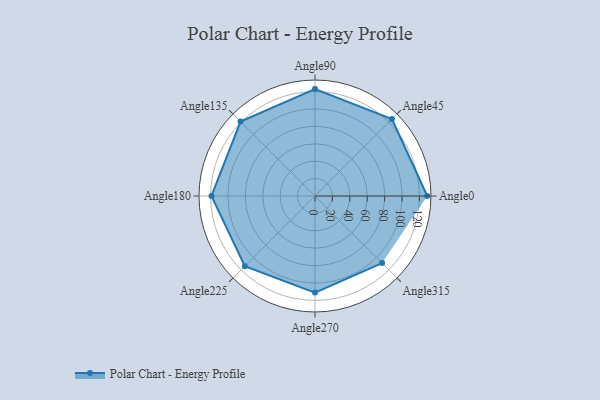
{"axis": {"x": "Angle", "y": "Radius"}, "legend": [""], "data": [{"x": "Angle0", "y": 129.0, "type": ""}, {"x": "Angle45", "y": 125.0, "type": ""}, {"x": "Angle90", "y": 123.0, "type": ""}, {"x": "Angle135", "y": 121.0, "type": ""}, {"x": "Angle180", "y": 119.0, "type": ""}, {"x": "Angle225", "y": 114.0, "type": ""}, {"x": "Angle270", "y": 111.0, "type": ""}, {"x": "Angle315", "y": 109.0, "type": ""}]}